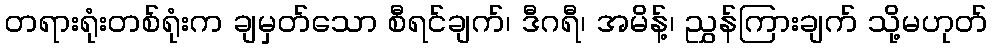
တရားရုံးတစ်ရုံးက ချမှတ်သော စီရင်ချက်၊ ဒီဂရီ၊ အမိန့်၊ ညွှန်ကြားချက် သို့မဟုတ်